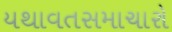
યથાવતસમાચારો